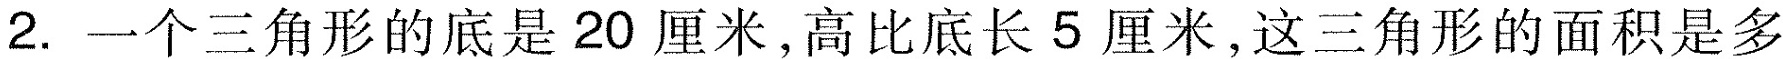
2.一个三角形的底是20厘米，高比底长5厘米，这三角形的面积是多